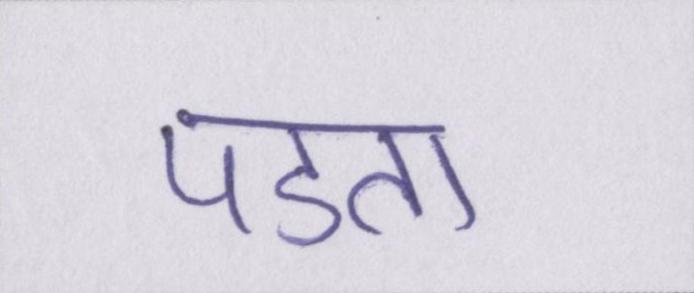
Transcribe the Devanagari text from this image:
पडता